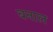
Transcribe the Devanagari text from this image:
बनाल